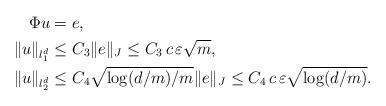
LaTeX: \begin{align*}\Phi u&=e,\\\|u\|_{l_1^d}&\le C_3 \|e\|_J\le C_3\,c\,\varepsilon\sqrt{m},\\\|u\|_{l_2^d}&\le C_4\sqrt{\log(d/m)/m}\|e\|_J\le C_4\,c\,\varepsilon\sqrt{\log(d/m)}.\end{align*}